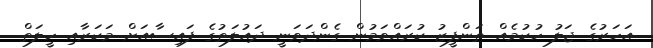
އަހަރުގެ ޖަލު ހުކުމެއް ތަންފީޒު ކުރައްވަމުން ގެންދަވަނީ ދައުލަތުގެ ފައިސާއަށް މަކަރާއި ހީލަތް